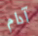
آدام